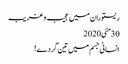
ریستوران میں عجیب و غریب
30مئی2020
انسانی جسم میں تین گردے!